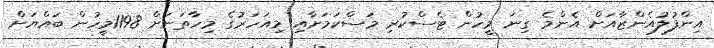
އިންފުލުއެންޒާއަށް އެންމެ ގިނަ މީހުން ޓެސްކުރި މަސްކަމަށާއި މިއަހަރުގެ މިހާތަނަށް 1198މީހުން ބައްޔަށް